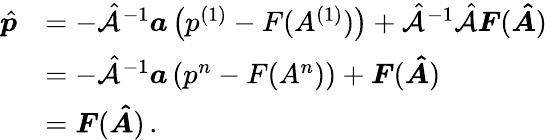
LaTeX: \begin{array}{rl}{\hat{\boldsymbol{p}}}&{=-\hat{\mathcal{A}}^{-1}\boldsymbol{a}\left(p^{(1)}-F(A^{(1)})\right)+\hat{\mathcal{A}}^{-1}\hat{\mathcal{A}}\boldsymbol{F}(\boldsymbol{\hat{A}})\, }\\ &{=-\hat{\mathcal{A}}^{-1}\boldsymbol{a}\left(p^{n}-F(A^{n})\right)+\boldsymbol{F}(\boldsymbol{\hat{A}})\, }\\ &{=\boldsymbol{F}(\boldsymbol{\hat{A}})\, .}\end{array}